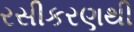
રસીકરણથી